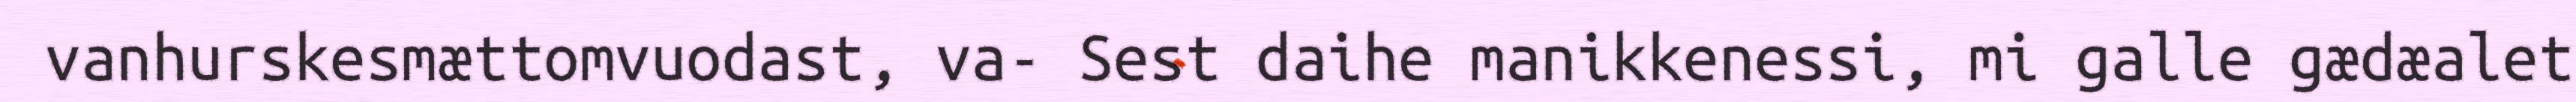
vanhurskesmættomvuodast, va- Sest daihe manikkenessi, mi galle gædæalet